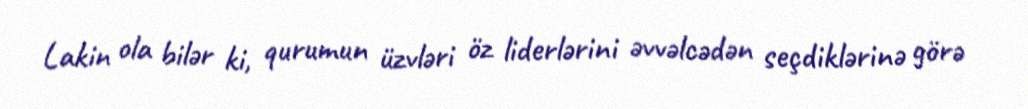
Lakin ola bilər ki, qurumun üzvləri öz liderlərini əvvəlcədən seçdiklərinə görə